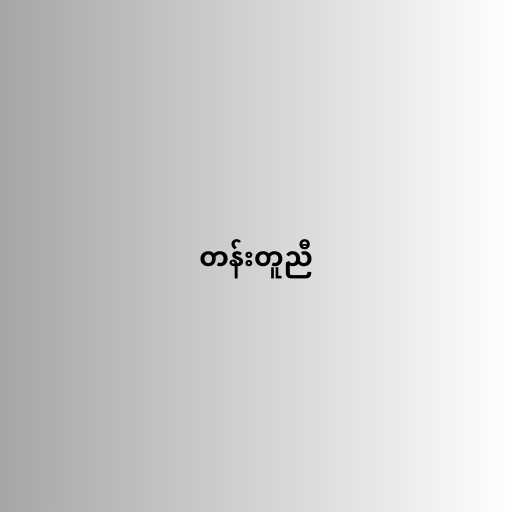
တန်းတူညီ